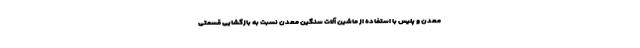
معدن و پلیس با استفاده از ماشین آلات سنگین معدن نسبت به بازگشایی قسمتی